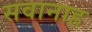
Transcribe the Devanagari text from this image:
सवानाह